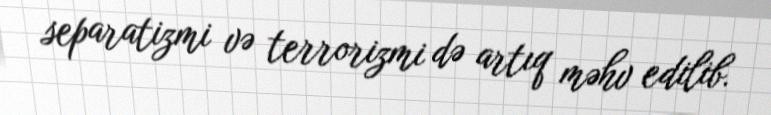
separatizmi və terrorizmi də artıq məhv edilib.